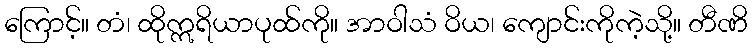
ကြောင့်။ တံ၊ ထိုဣရိယာပုထ်ကို။ အာဝါသံ ဝိယ၊ ကျောင်းကိုကဲ့သို့။ တီဏိ